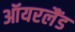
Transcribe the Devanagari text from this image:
ऑयरलैंड